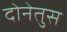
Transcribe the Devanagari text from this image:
दोनेतुस